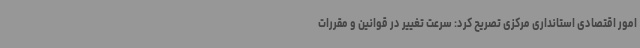
امور اقتصادی استانداری مرکزی تصریح کرد: سرعت تغییر در قوانین و مقررات